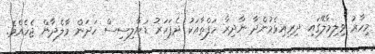
މިހާރު ވިލިމާލޭގައި ދިރިއިޅެމުންދާ ނާދިރާ ހަފްތާއަކު ދެފަހަރު ޑަޔާލިސިސް ހަދަން މާލެދާން ޖެހެއެވެ.